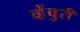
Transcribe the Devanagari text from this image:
व्हेंचुरी